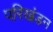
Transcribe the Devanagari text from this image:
परिखंडन